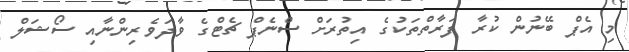
މި އެޕް ބޭނުން ކުރާ ފަރާތްތަކުގެ އިތުރަށް ސްނެޕް ޗެޓްގެ ވާދަވެރިންނާއި ސޯޝަލް